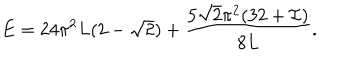
E = 2 4 \pi ^ { 2 } L ( 2 - \sqrt { 2 } ) + \frac { 5 \sqrt { 2 } \pi ^ { 2 } ( 3 2 + { \cal I } ) } { 8 L } .